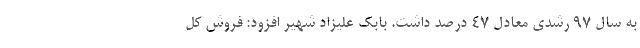
به سال 97 رشدی معادل 47 درصد داشت. بابک علیزاد شهیر افزود: فروش کل